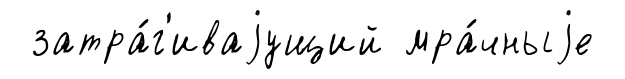
затра́г'иваjущий мра́чныjе